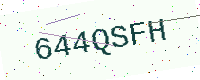
Text: 644QSFH